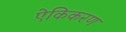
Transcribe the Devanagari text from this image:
ऐकिकरण